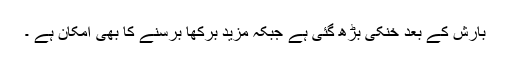
بارش کے بعد خنکی بڑھ گئی ہے جبکہ مزید برکھا برسنے کا بھی امکان ہے ۔